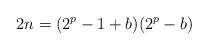
LaTeX: \begin{align*}2n = (2^p-1+b)(2^p-b)\end{align*}